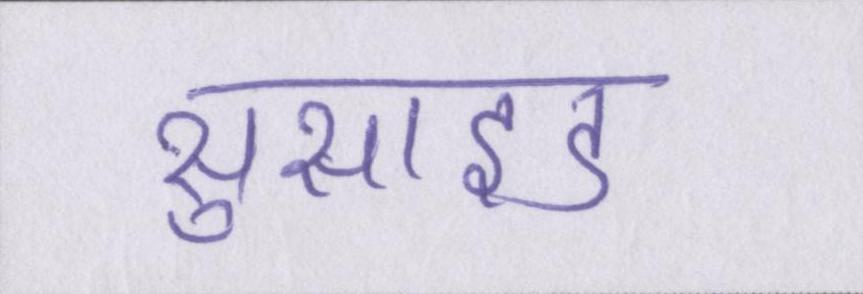
सुसाइड